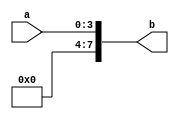
`timescale 1ns/1ns
module zero_extend(input [3:0]a, output [7:0]b);
  
  supply1 Vdd;
  supply0 Gnd;
  
  not not1(b[7],Vdd);
  not not2(b[6],Vdd);
  not not3(b[5],Vdd);
  not not4(b[4],Vdd);
  or or1(b[3],Gnd,a[3]);
  or or2(b[2],Gnd,a[2]);
  or or3(b[1],Gnd,a[1]);
  or or4(b[0],Gnd,a[0]);
  
endmodule